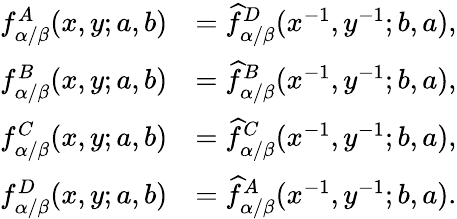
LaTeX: \begin{array}{rl}{f_{\alpha/\beta}^{A}(x,y;a,b)}&{=\widehat{f}_{\alpha/\beta}^{D}(x^{-1},y^{-1};b,a),}\\ {f_{\alpha/\beta}^{B}(x,y;a,b)}&{=\widehat{f}_{\alpha/\beta}^{B}(x^{-1},y^{-1};b,a),}\\ {f_{\alpha/\beta}^{C}(x,y;a,b)}&{=\widehat{f}_{\alpha/\beta}^{C}(x^{-1},y^{-1};b,a),}\\ {f_{\alpha/\beta}^{D}(x,y;a,b)}&{=\widehat{f}_{\alpha/\beta}^{A}(x^{-1},y^{-1};b,a).}\end{array}